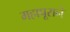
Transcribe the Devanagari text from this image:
महापूराने